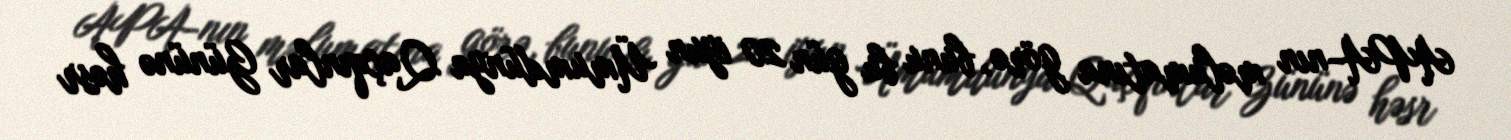
APA-nın məlumatına görə, bunu bu gün 20 iyun Ümumdünya Qaçqınlar Gününə həsr